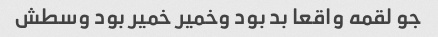
جو لقمه واقعا بد بود وخمیر خمیر بود وسطش